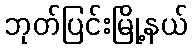
ဘုတ်ပြင်းမြို့နယ်